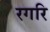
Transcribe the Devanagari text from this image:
रगरि